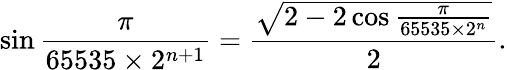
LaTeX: \sin{\frac{\pi}{65535\times 2^{n+1}}}={\frac{\sqrt{2-2\cos{\frac{\pi}{65535\times 2^{n}}}}}{2}}.